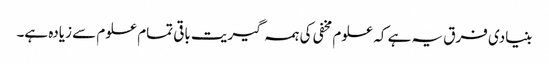
بنیادی فرق یہ ہے کہ علوم مخفی کی ہمہ گیریت باقی تمام علوم سے زیادہ ہے۔